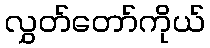
လွှတ်တော်ကိုယ်